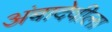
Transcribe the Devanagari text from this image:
अंबादेवीला